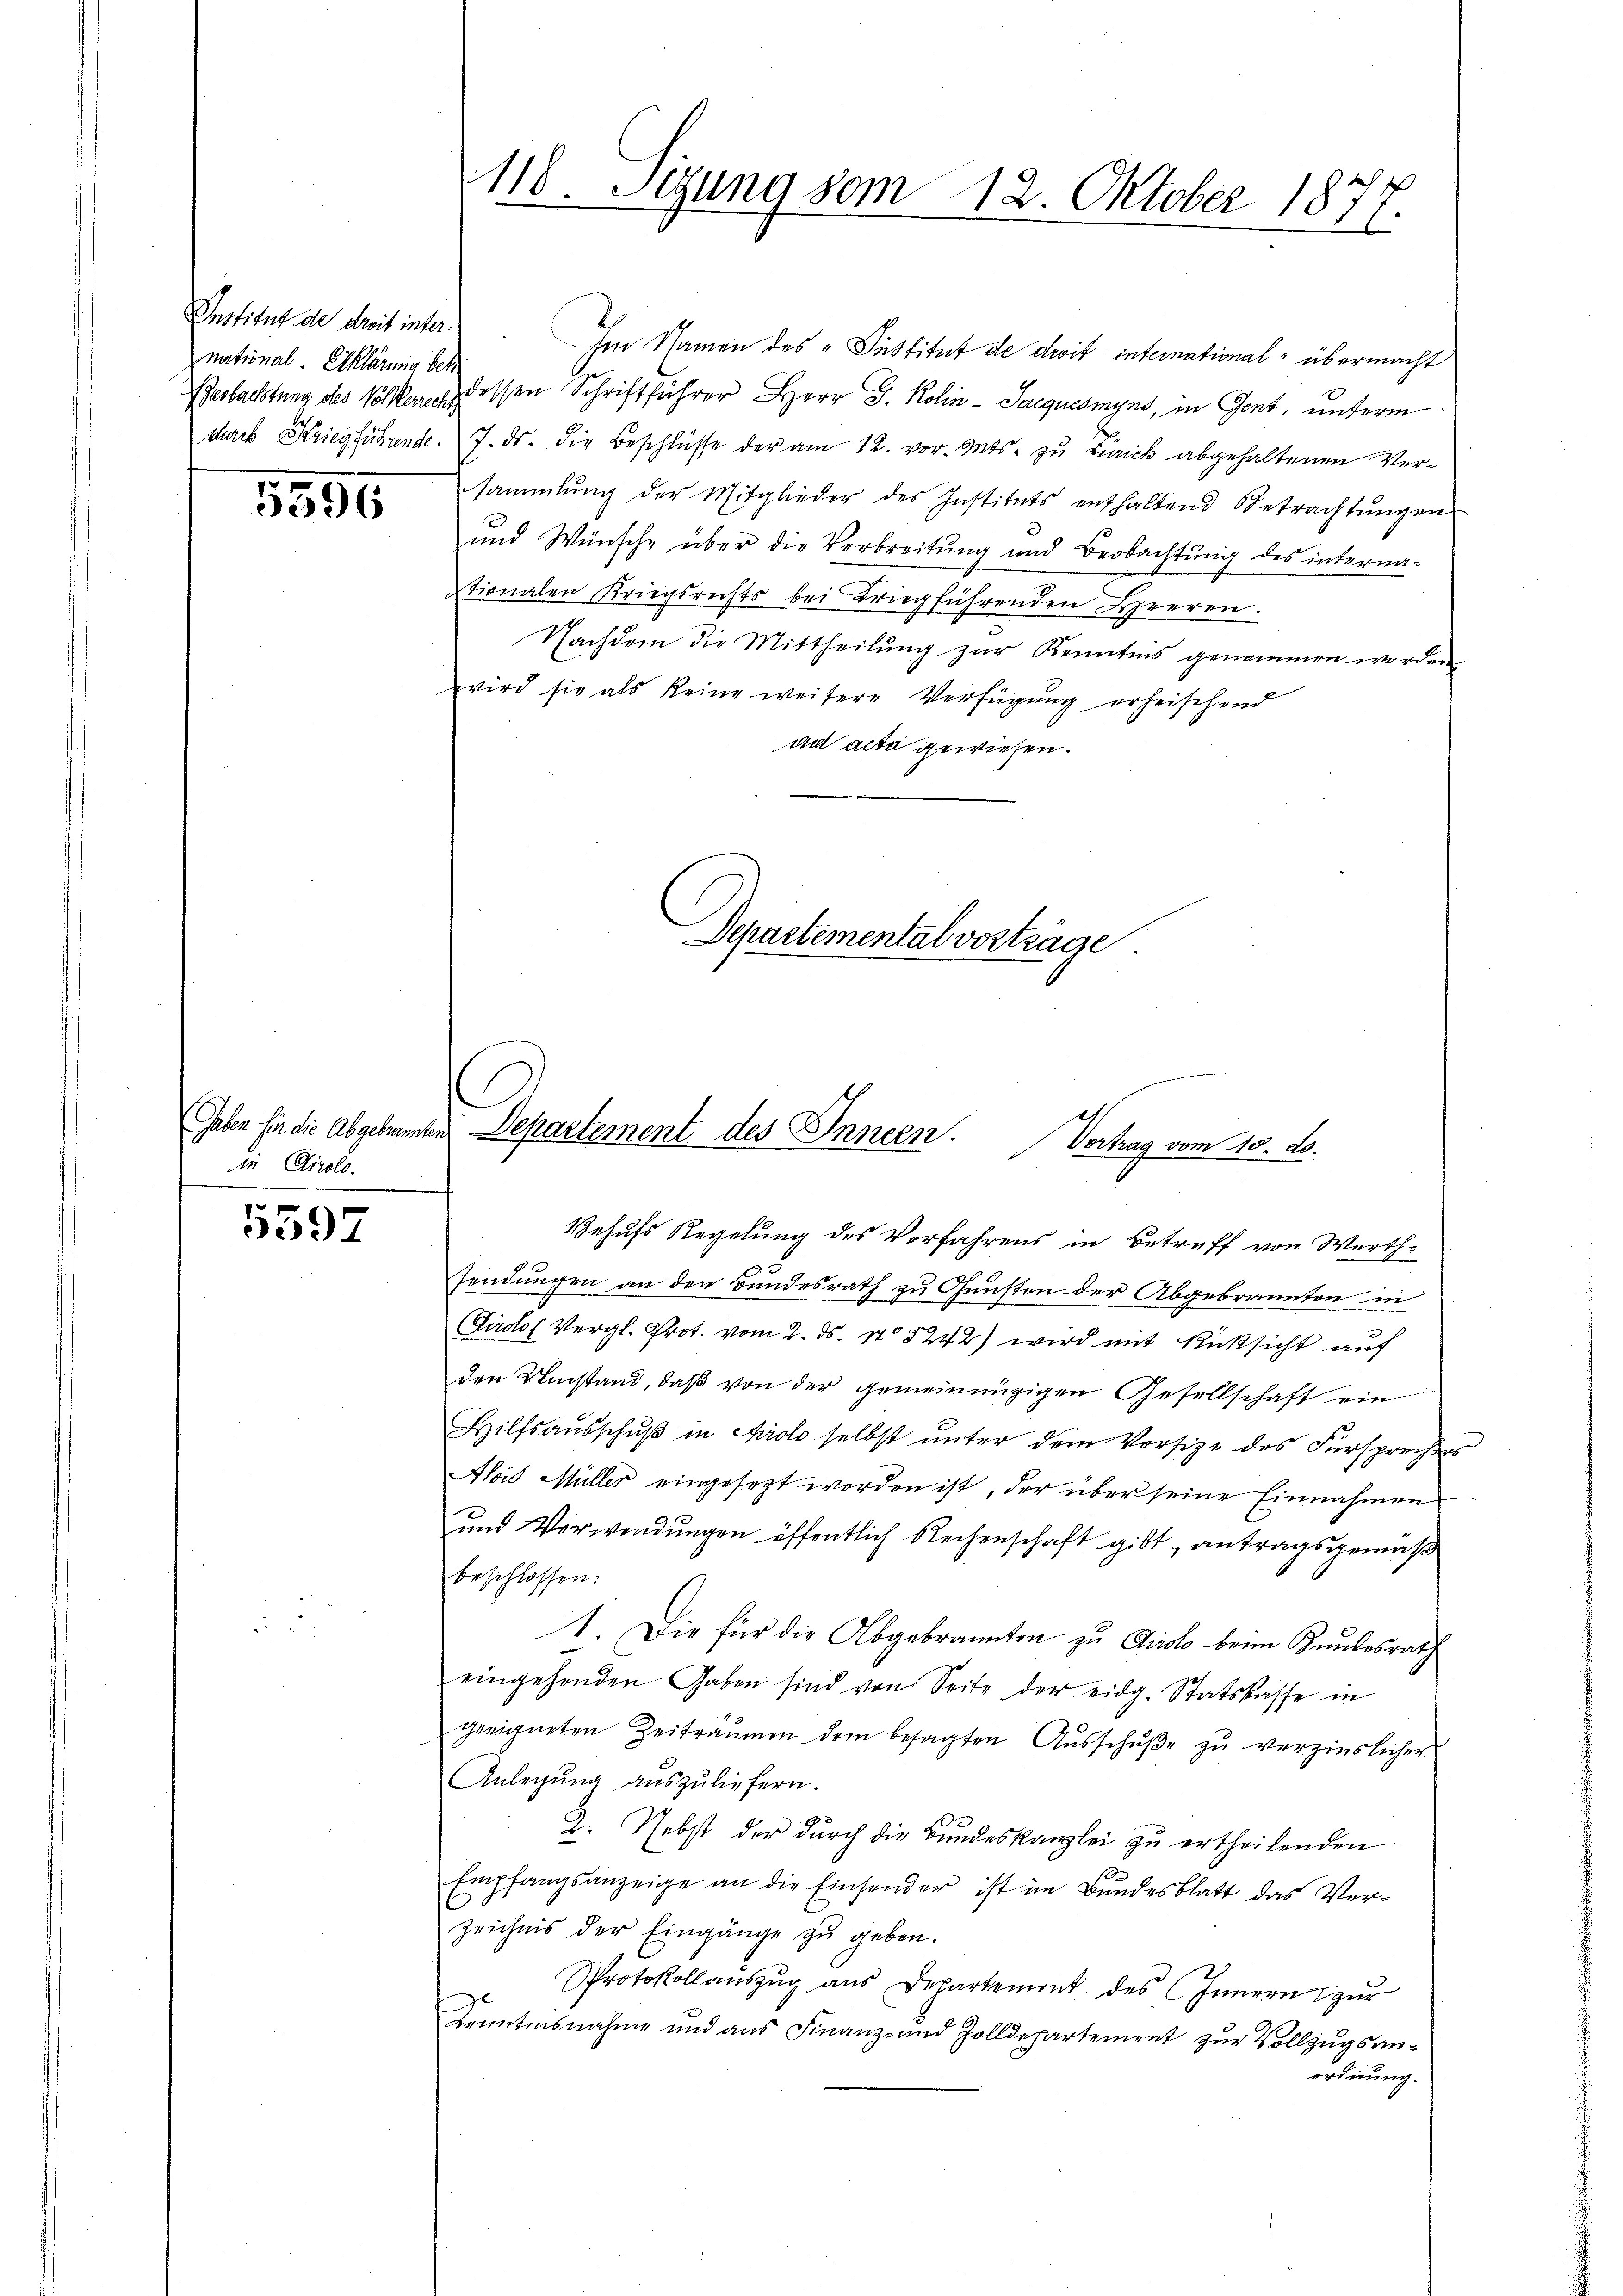
Institut de droit international. Erklärung betr

5555

die Dirolo.

5597

118. Sezung vom 12. Oktober 1871

Ein Namen des Institut de droit international- übermacht
Beobachtung des Völker dessen Schriftführer Herr J. Kolin-Sacquesmyns, in Gent, unterm
durch Kriegführende. 7. ds. die Beschlüsse der am 12. vor. Mts. zu Zürich abgehaltenen Versammlung der Mitglieder des Instituts enthaltend Betrachtŭngen
und Wünsche über die Verbreitung und Beobachtŭng des interna-
tionalen Kriegsrechts bei Kriegführenden Heeren.
Nachdem die Mittheilŭng zur Kenntnis genommen worden.
wird sie als keine weitere Verfügŭng erheischend
ad acta gewiesen.
Departemental vorträge

Gabe für die Abgebrannten Departement des Innern.
Vortrag vom 15. ds.

Behufs Regelung des Verfahrens in Betreff von Werth-
sendungen an den Bundesrath zu Gunsten der Abgebrannten in
Tirolof Vergl. Prot. vom 2. ds. No 5242) wird mit Rücksicht auf
den Umstand, daß von der gemeinnüzigen Gesellschaft ein
Hilfsaŭsschŭβ in Airolo selbst unter dem Vorsize des Fürsprechers
Alois Müller eingesezt worden ist, der über seine Einnahmen
und Verwendungen öffentlich Rechenschaft gibt, antragsgemäß
beschlossen:
1. Die für die Abgebrannten zu Quisto beim Kundesrath
eingehenden Gaben sind von Seite der eidg. Statskasse in
geeigneten Zeiträumen dem besagten Ausschuße zu verzinslicher
Anlegung auszuliefern.
2. Nebst der durch die Bundeskanzlei zu ertheilenden
.
Empfangsanzeige an die Einsender ist im Bundesblatt das Verzeichnis der Eingänge zu geben.
Protokollaŭszŭg ans Departement des Innern zur
Kenntensnahme und aus Finanz- und Zolldepartement zur Vollzugsanordnung.